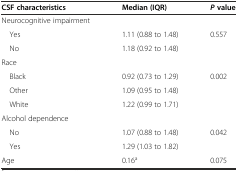
<table><thead><tr><td><b>CSF characteristics</b></td><td><b>Median (IQR)</b></td><td><b><i>P</i>value</b></td></tr></thead><tbody><tr><td>Neurocognitive impairment</td><td></td><td></td></tr><tr><td> Yes</td><td>1.11 (0.88 to 1.48)</td><td>0.557</td></tr><tr><td> No</td><td>1.18 (0.92 to 1.48)</td><td></td></tr><tr><td>Race</td><td></td><td></td></tr><tr><td> Black</td><td>0.92 (0.73 to 1.29)</td><td>0.002</td></tr><tr><td> Other</td><td>1.09 (0.95 to 1.48)</td><td></td></tr><tr><td> White</td><td>1.22 (0.99 to 1.71)</td><td></td></tr><tr><td>Alcohol dependence</td><td></td><td></td></tr><tr><td> No</td><td>1.07 (0.88 to 1.48)</td><td>0.042</td></tr><tr><td> Yes</td><td>1.29 (1.03 to 1.82)</td><td></td></tr><tr><td>Age</td><td>0.16<sup>a</sup></td><td>0.075</td></tr></tbody></table>